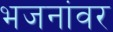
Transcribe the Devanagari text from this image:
भजनांवर